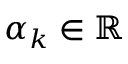
\alpha _ { k } \in \mathbb { R }